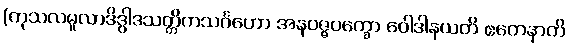
(ကုသလမူလာဒိဒွါဒသတ္တိကသင်္ဂဟော အနဝဇ္ဇပက္ခော ဝေါဒါနယတိ ဧတေနာတိ